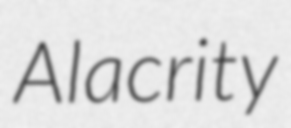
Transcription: Alacrity